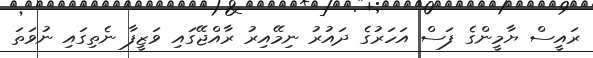
ރައީސް ޔާމީންގެ ފަސް އަހަރުގެ ދައުރު ނިމޭއިރު ރާއްޖޭގައި ވަޒީފާ ނެތިގައި ނުވަތަ